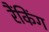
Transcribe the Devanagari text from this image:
रैंकिंग